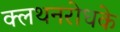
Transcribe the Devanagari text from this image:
क्लथनरोधके